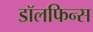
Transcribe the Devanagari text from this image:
डॉलफिन्स